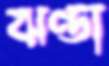
ঝণ্ডা